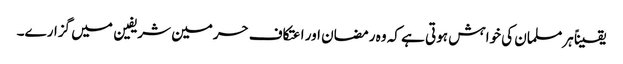
یقیناً ہرمسلمان کی خواہش ہوتی ہے کہ وہ رمضان اور اعتکاف حرمین شریفین میں گزارے۔